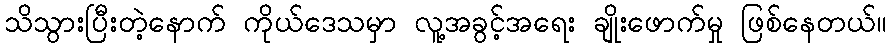
သိသွားပြီးတဲ့နောက် ကိုယ်ဒေသမှာ လူ့အခွင့်အရေး ချိုးဖောက်မှု ဖြစ်နေတယ်။